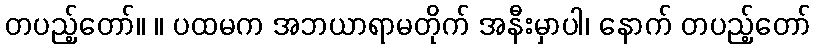
တပည့်တော်။ ။ ပထမက အဘယာရာမတိုက် အနီးမှာပါ၊ နောက် တပည့်တော်